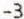
-3